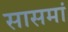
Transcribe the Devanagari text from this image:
सासमां